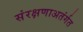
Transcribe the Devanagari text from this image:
संरक्षणाअतंर्गत